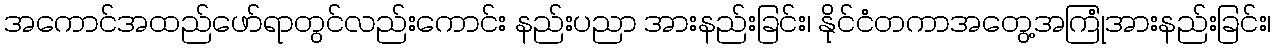
အကောင်အထည်ဖော်ရာတွင်လည်းကောင်း နည်းပညာ အားနည်းခြင်း၊ နိုင်ငံတကာအတွေ့အကြုံအားနည်းခြင်း၊